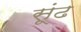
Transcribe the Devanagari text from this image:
सूंढ